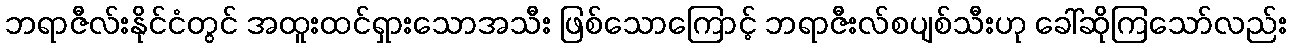
ဘရာဇီလ်းနိုင်ငံတွင် အထူးထင်ရှားသောအသီး ဖြစ်သောကြောင့် ဘရာဇီးလ်စပျစ်သီးဟု ခေါ်ဆိုကြသော်လည်း